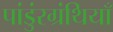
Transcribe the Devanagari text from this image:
पांडुंरग्रंथियाँ